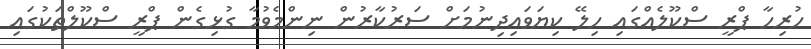
ހުރިހާ ޕްރީ ސްކޫލެއްގައި ހިލޭ ކިޔަވައިދިނުމަށް ސަރުކާރުން ނިންމެވުމާ ގުޅިގެން ޕްރީ ސްކޫލްތަކުގައި